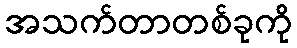
အသက်တာတစ်ခုကို